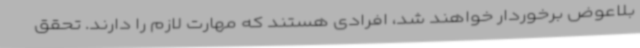
بلاعوض برخوردار خواهند شد، افرادی هستند که مهارت لازم را دارند. تحقق